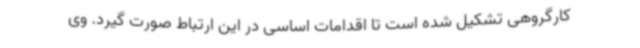
کارگروهی تشکیل شده است تا اقدامات اساسی در این ارتباط صورت گیرد. وی